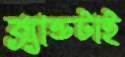
ব্র্যান্ডটাই